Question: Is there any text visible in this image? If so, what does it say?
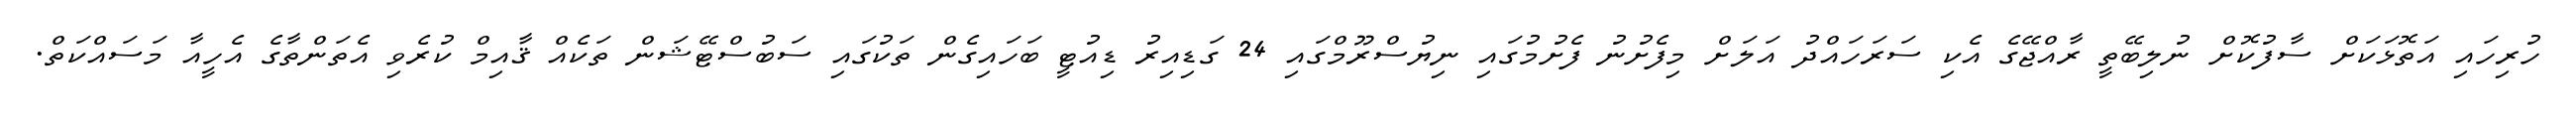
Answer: ހުރިހައި އަތޮޅަކަށް ސާފުކޮށް ނުލިބޭތީ ރާއްޖޭގެ އެކި ސަރަހައްދު އަލަށް މިފެށުނު ފެށުމުގައި ނިޔުސްރޫމްގައި 24 ގަޑިއިރު ޑިއުޓީ ބަހައިގެން ތަކުގައި ސަބުސްޓޭޝަން ތަކެއް ޤާއިމް ކުރެވި އެތަންތާގެ އެހީއާ މަސައްކަތް.